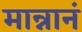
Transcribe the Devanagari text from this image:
मान्नानं